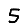
Digit: 5